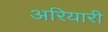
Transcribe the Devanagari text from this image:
अरियारी